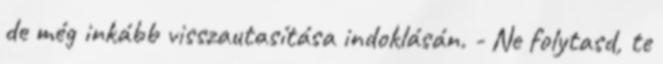
de még inkább visszautasítása indoklásán. - Ne folytasd, te